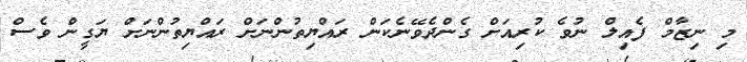
މި ނިޒާމް ފެއިލް ނުވެ ކުރިއަށް ގެންދެވޭނެކަން ރައްޔިތުންނަށް ރައްޔިތުންނަށް ޔަގީން ވެސް